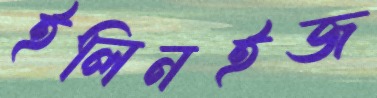
ইলিনইজ